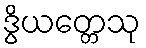
ဒွိယတ္တေသု